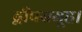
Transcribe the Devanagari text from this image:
द्वीपसमूह।